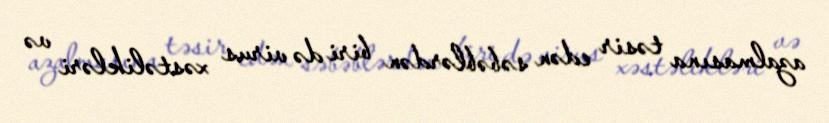
azalmasına təsir edən səbəblərdən biri də virus xəstəlikləri və